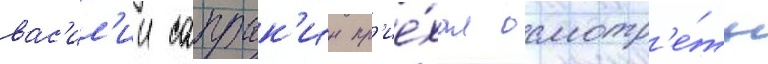
вас'ил'ии сапрык'ин пр'ие́хал осмотр'е́ть